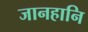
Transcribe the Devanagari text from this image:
जानहानि